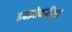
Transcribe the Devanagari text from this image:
इक्झोकरीआ